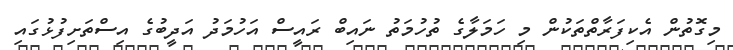
މިގޮތުން އެކިފަރާތްތަކުން މި ހަމަލާގެ ތުހުމަތު ނައިބް ރައީސް އަހުމަދު އަދީބުގެ އިސްތަށިފުޅުގައި